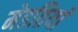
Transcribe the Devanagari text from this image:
मेडतियां